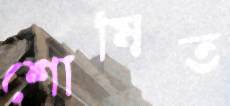
শোষিত